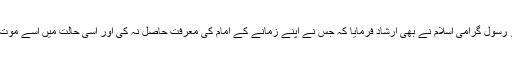
[2] اگر ہم روایات کی طرف توجہ کریں تو رسول گرامی اسلام نے بھی ارشاد فرمایا کہ جس نے اپنے زمانے کے امام کی معرفت حاصل نہ کی اور اسی حالت میں اسے موت نے آگھیرا تو وہ جاہلیت کی موت مرا ہے۔